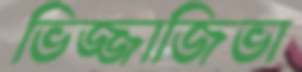
ভিজ্জাজিভা